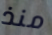
منذ